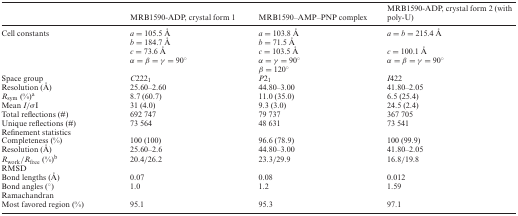
|  | MRB1590-ADP, crystal form 1 | MRB1590–AMP–PNP complex | MRB1590-ADP, crystal form 2 (with poly-U) |
 | --- | --- | --- | --- |
 | Cell constants | a = 105.5 Å | a = 103.8 Å | a = b = 215.4 Å |
 |  | b = 184.7 Å | b = 71.5 Å |  |
 |  | c = 73.6 Å | c = 103.5 Å | c = 100.1 Å |
 |  | α = β = γ = 90° | α = γ = 90° | α = β = γ = 90° |
 |  |  | β = 120° |  |
 | Space group | C2221 | P21 | I422 |
 | Resolution (Å) | 25.60–2.60 | 44.80–3.00 | 41.80–2.05 |
 | Rsym (%)a | 8.7 (60.7) | 11.0 (35.0) | 6.5 (25.4) |
 | Mean I/σI | 31 (4.0) | 9.3 (3.0) | 24.5 (2.4) |
 | Total reflections (#) | 692 747 | 79 737 | 367 705 |
 | Unique reflections (#) | 73 564 | 48 631 | 73 541 |
 | <COLSPAN=4> Refinement statistics |
 | Completeness (%) | 100 (100) | 96.6 (78.9) | 100 (99.9) |
 | Resolution (Å) | 25.60–2.6 | 44.80–3.00 | 41.80–2.05 |
 | Rwork/Rfree (%)b | 20.4/26.2 | 23.3/29.9 | 16.8/19.8 |
 | <COLSPAN=4> RMSD |
 | Bond lengths (Å) | 0.07 | 0.08 | 0.012 |
 | Bond angles (°) | 1.0 | 1.2 | 1.59 |
 | <COLSPAN=4> Ramachandran |
 | Most favored region (%) | 95.1 | 95.3 | 97.1 |